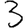
Digit: 3